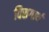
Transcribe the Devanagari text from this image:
विसगार्थ